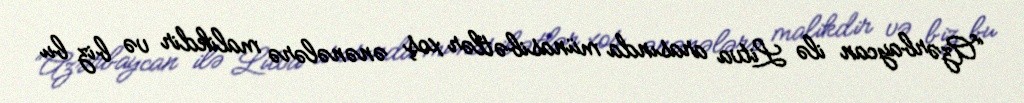
“Azərbaycan ilə Litva arasında münasibətlər xoş ənənələrə malikdir və biz bu